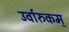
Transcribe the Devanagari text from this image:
उर्वारुकम्